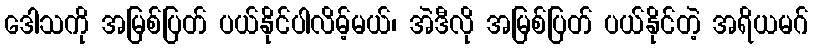
ဒေါသကို အမြစ်ပြတ် ပယ်နိုင်ပါလိမ့်မယ်၊ အဲဒီလို အမြစ်ပြတ် ပယ်နိုင်တဲ့ အရိယမဂ်